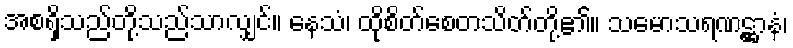
အစရှိသည်တို့သည်သာလျှင်။ နေသံ၊ ထိုစိတ်စေတသိတ်တို့၏။ သမောသရဏဋ္ဌာနံ၊